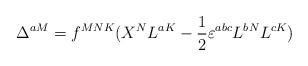
LaTeX: \begin{align*}\Delta^{aM}=f^{MNK}(X^NL^{aK}-\frac12\varepsilon^{abc}L^{bN}L^{cK})\end{align*}